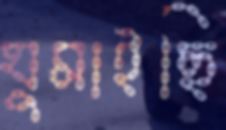
ঘুমাইছি